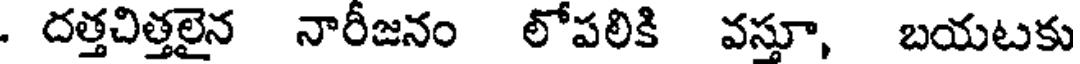
. దత్తచిత్తలైన నారీజనం లోపలికి వస్తూ, బయటకు